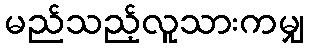
မည်သည့်လူသားကမျှ